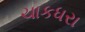
ચાકધરા